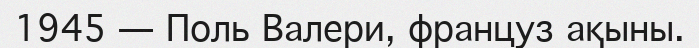
1945 — Поль Валери, француз ақыны.